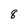
Character: 8